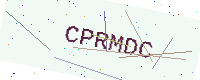
Text: CPRMDC